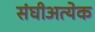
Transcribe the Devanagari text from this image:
संघीअत्येक